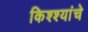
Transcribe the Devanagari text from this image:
किश्श्यांचे